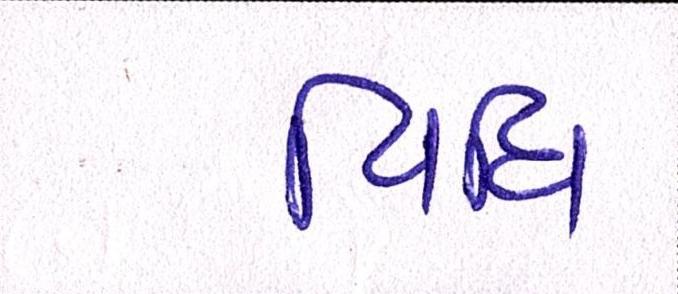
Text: વિધિ